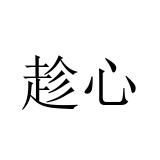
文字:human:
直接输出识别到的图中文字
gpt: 趁心